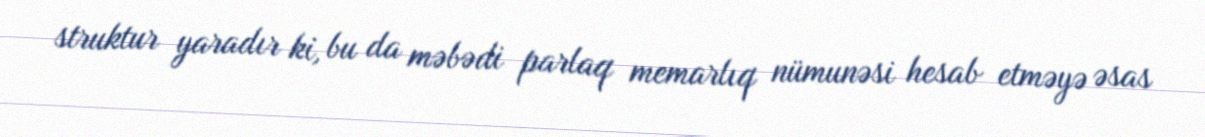
struktur yaradır ki, bu da məbədi parlaq memarlıq nümunəsi hesab etməyə əsas